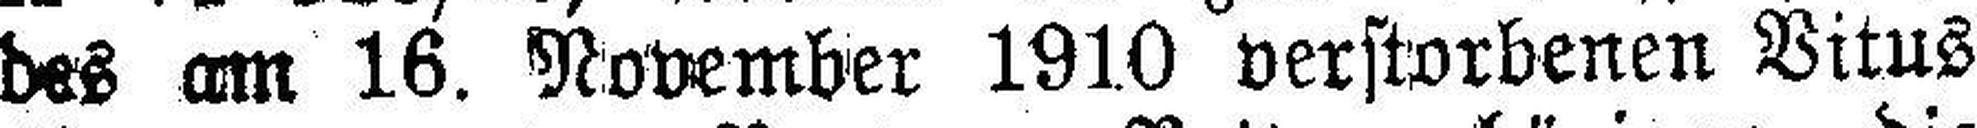
des am 16. November 1910 verstorbenen Vitus